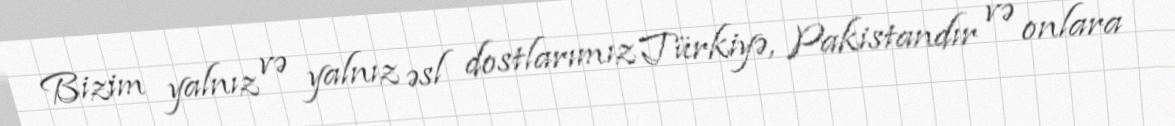
Bizim yalnız və yalnız əsl dostlarımız Türkiyə, Pakistandır və onlara